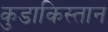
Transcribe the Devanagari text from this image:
कुडाकिस्तान